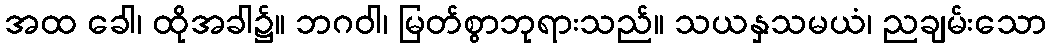
အထ ခေါ၊ ထိုအခါ၌။ ဘဂဝါ၊ မြတ်စွာဘုရားသည်။ သယနှသမယံ၊ ညချမ်းသော